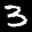
Label: 3